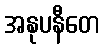
အနုပနီတေ